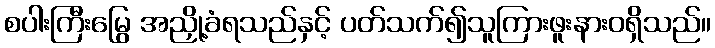
စပါးကြီးမြွေ အညှို့ခံရသည်နှင့် ပတ်သက်၍သူကြားဖူးနားဝရှိသည်။